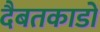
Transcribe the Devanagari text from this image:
दैबतकाडों